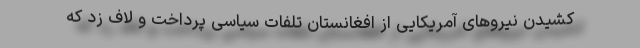
کشیدن نیروهای آمریکایی از افغانستان تلفات سیاسی پرداخت و لاف زد که